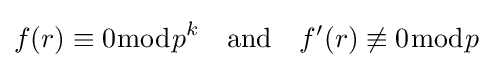
f(r)\equiv 0{\bmod {p}}^{k}\quad {\text{and}}\quad f'(r)\not \equiv 0{\bmod {p}}